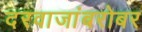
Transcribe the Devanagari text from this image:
दरवाजांबरोबर